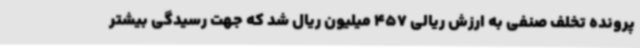
پرونده تخلف صنفی به ارزش ریالی 457 میلیون ریال شد که جهت رسیدگی بیشتر